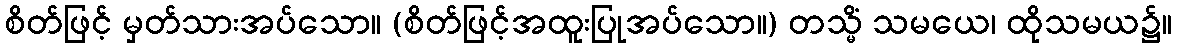
စိတ်ဖြင့် မှတ်သားအပ်သော။ (စိတ်ဖြင့်အထူးပြုအပ်သော။) တသ္မိံ သမယေ၊ ထိုသမယ၌။